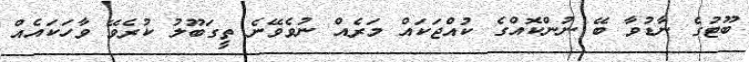
ބޫޓުގެ ނާޑުވާ ބޭ ނުންކޮއްގެ ކުއްޖަކައް މަރެއް ނުވެވޭނެ ތީގަބޫލު ކުރެވޭ ވާހަކައެއް